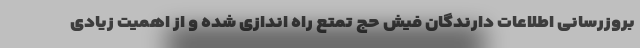
بروزرسانی اطلاعات دارندگان فیش حج تمتع راه اندازی شده و از اهمیت زیادی